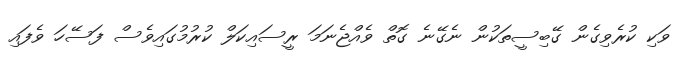
ވަކި ކުރެވިގެން ގޭބިސީތަކުން ނެގޭނެ ގޮތް ވެއްޖެނަމަ ރީސައިކަލް ކުރުމުގައިވެސް ފަސޭހަ ވެފައި